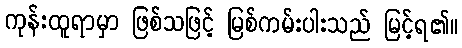
ကုန်းထူရာမှာ ဖြစ်သဖြင့် မြစ်ကမ်းပါးသည် မြင့်ရ၏။